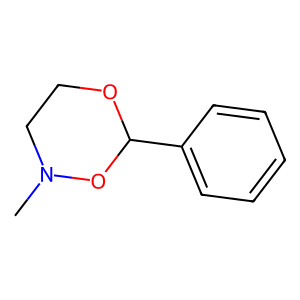
SMILES: CN1CCOC(c2ccccc2)O1
Inhibits HIV replication: No